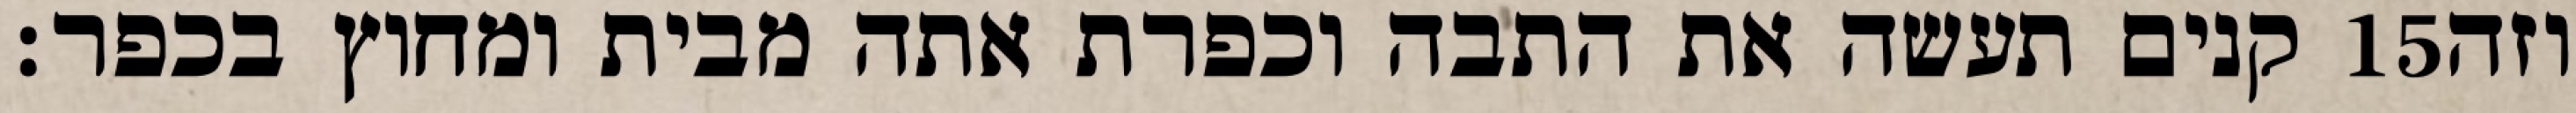
קנים תעשה את התבה וכפרת אתה מבית ומחוץ בכפר׃ ‎15‏ וזה